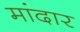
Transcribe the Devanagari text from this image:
मांदार